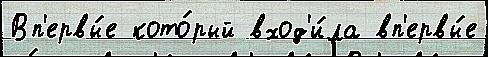
Вп'ервы́е кото́рый вход'и́ла вп'ервы́е